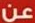
عن